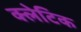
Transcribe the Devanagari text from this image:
क्लेटिक